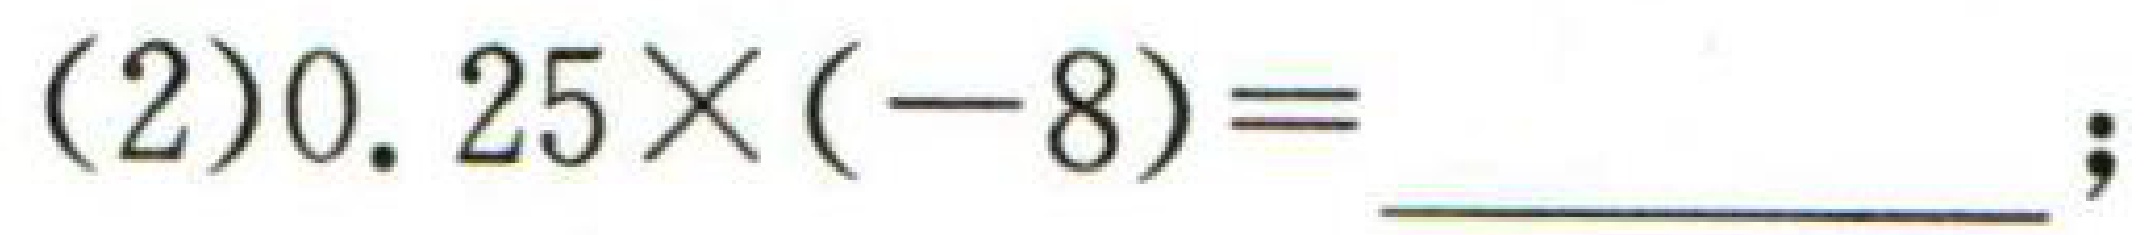
(2)$0.25\times(-8)=$  ；